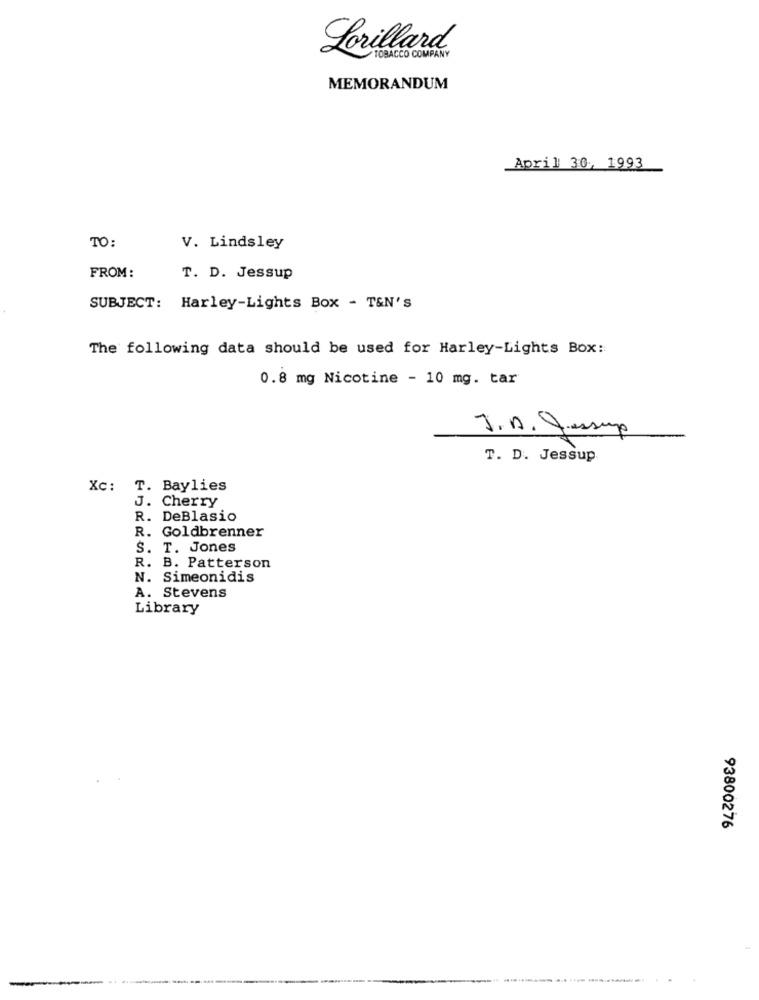
Lorillard.
TOBACCO COMPANY
MEMORANDUM
April 30, 1993
TO:
V. Lindsley
FROM:
T. D. Jessup
SUBJECT: Harley-Lights Box - T&N'S
The following data should be used for Harley-Lights Box:
0.8 mg Nicotine - 10 mg. tar
T. D. Jessup
Xc: T. Baylies
J. Cherry
R. DeBlasio
R. Goldbrenner
S. T. Jones
R. B. Patterson
N. Simeonidis
A. Stevens
Library
93800276
. .....................................